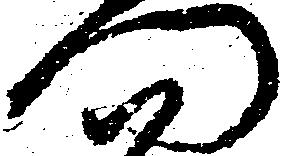
門